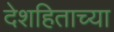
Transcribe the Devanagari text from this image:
देशहिताच्या